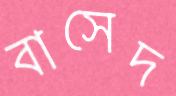
বাসেদ